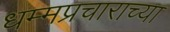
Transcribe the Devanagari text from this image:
धम्मप्रचाराच्या